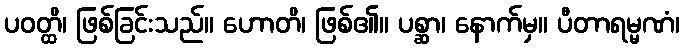
ပဝတ္ထိ၊ ဖြစ်ခြင်းသည်။ ဟောတိ၊ ဖြစ်၏။ ပစ္ဆာ၊ နောက်မှ။ ပီတာရမ္မဏံ၊